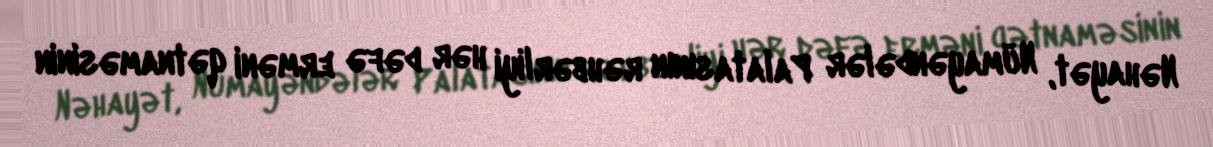
Nəhayət, Nümayəndələr Palatasının rəhbərliyi hər dəfə erməni qətnaməsinin